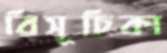
বিসূচিকা